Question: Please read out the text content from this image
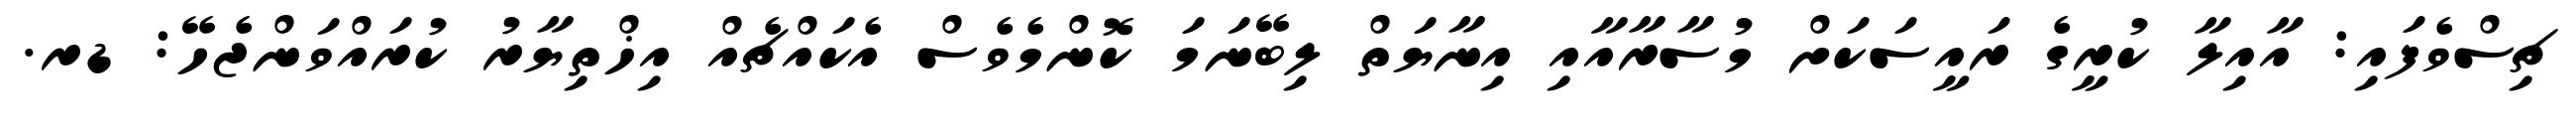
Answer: ޗިސްވެފައި: އާއިލާ ކުރީގެ ރައީސަކަށް މުސާރާއާއި އިނާޔަތް ލިބޭނަމަ ކޮންމެވެސް އެކައްޗެއް އިޚްތިޔާރު ކުރައްވަންޖެހޭ: ޑރ.